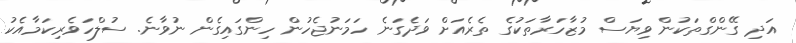
އަދި ގޭންގްތަކުން ވިޔަސް މުޒާހަރާތަކުގެ ތެރެއަށް ވަދެގަނެ ހަމަނުޖެހުން ހިންގައިގެން ނުވާނެ. ސުލްހަވެރިކަމާއެކު